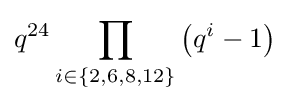
q^{24}\prod _{i\in \{2,6,8,12\}}\left(q^{i}-1\right)